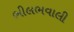
ભીલભવાલી